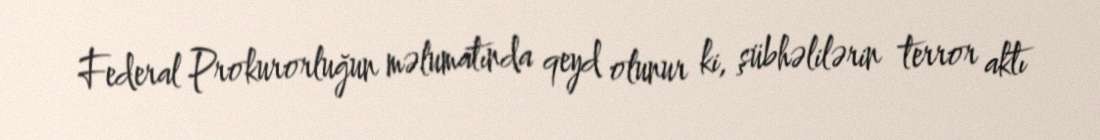
Federal Prokurorluğun məlumatında qeyd olunur ki, şübhəlilərin terror aktı